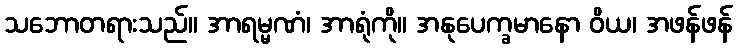
သဘောတရားသည်။ အာရမ္မဏံ၊ အာရုံကို။ အနုပေက္ခမာနော ဝိယ၊ အဖန်ဖန်